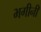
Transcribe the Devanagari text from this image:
भगीनी